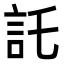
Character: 託